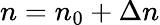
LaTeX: n=n_{0}+\Delta n